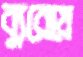
ব্যুরোয়